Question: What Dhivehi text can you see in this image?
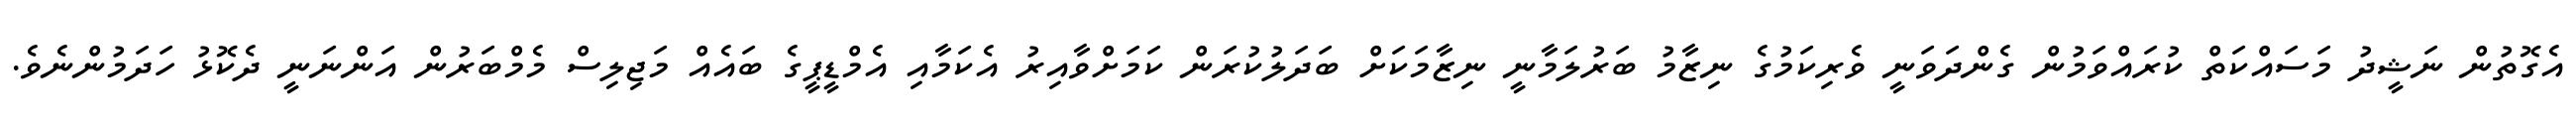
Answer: އެގޮތުން ނަޝީދު މަސައްކަތް ކުރައްވަމުން ގެންދަވަނީ ވެރިކަމުގެ ނިޒާމު ބަރުލަމާނީ ނިޒާމަކަށް ބަދަލުކުރަން ކަމަށްވާއިރު އެކަމާއި އެމްޑީޕީގެ ބައެއް މަޖިލިސް މެމްބަރުން އަންނަނީ ދެކޮޅު ހަދަމުންނެވެ.